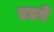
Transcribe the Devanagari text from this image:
डडवे